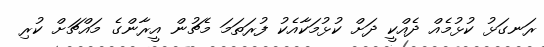
ރަނގަޅު ކުޅުމެއް ދެއްކީ ދަށް ކުޅުމަކާއެކު ފުރަތަމަ މެޗުން އީރާންގެ މައްޗަށް ކުރި